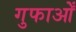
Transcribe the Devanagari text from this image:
गुफाओँ